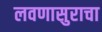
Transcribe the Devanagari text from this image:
लवणासुराचा